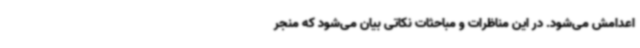
اعدامش می‌شود. در این مناظرات و مباحثات نکاتی بیان می‌شود که منجر